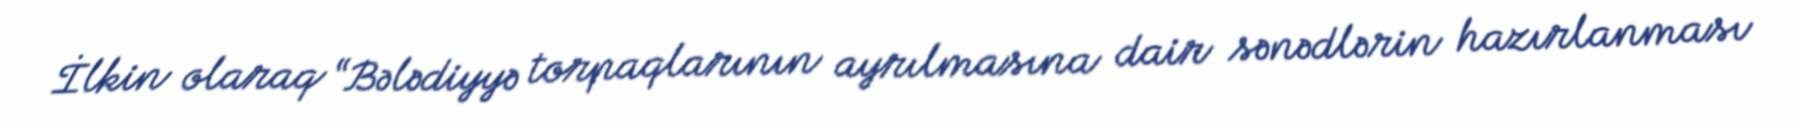
İlkin olaraq “Bələdiyyə torpaqlarının ayrılmasına dair sənədlərin hazırlanması